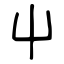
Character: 屮